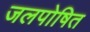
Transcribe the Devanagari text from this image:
जलपोषित